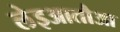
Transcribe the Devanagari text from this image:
लेइआतौआ